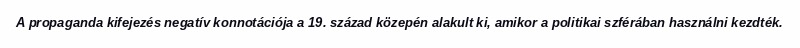
A propaganda kifejezés negatív konnotációja a 19. század közepén alakult ki, amikor a politikai szférában használni kezdték.